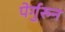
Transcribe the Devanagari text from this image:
पेर्गुरुन